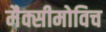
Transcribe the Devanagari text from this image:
मैक्सीमोविच